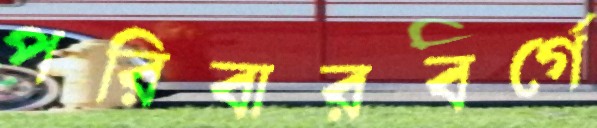
পরিবারবর্গে